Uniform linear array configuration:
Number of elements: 4
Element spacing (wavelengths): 0.25
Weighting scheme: binomial
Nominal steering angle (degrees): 45
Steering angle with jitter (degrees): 45.366
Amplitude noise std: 0.05
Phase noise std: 0.05

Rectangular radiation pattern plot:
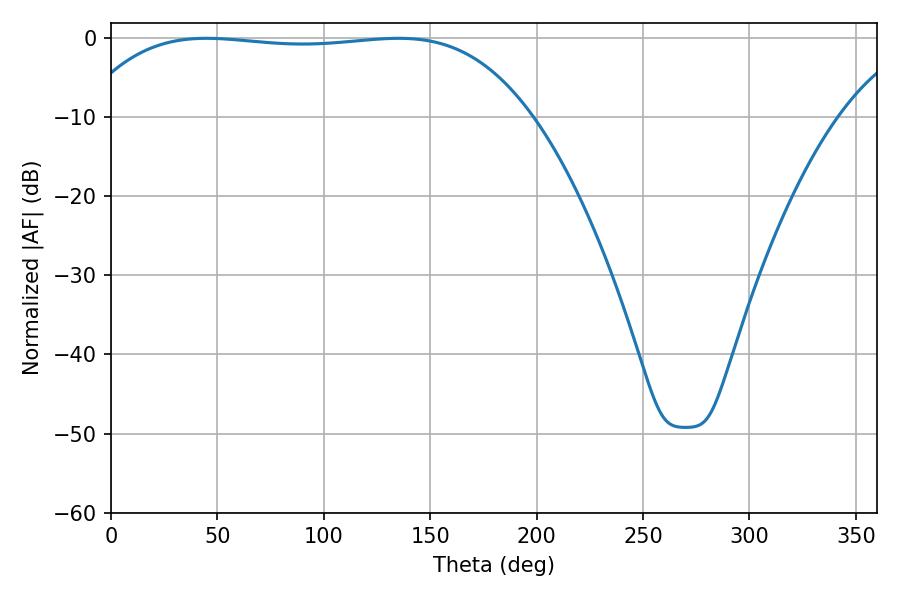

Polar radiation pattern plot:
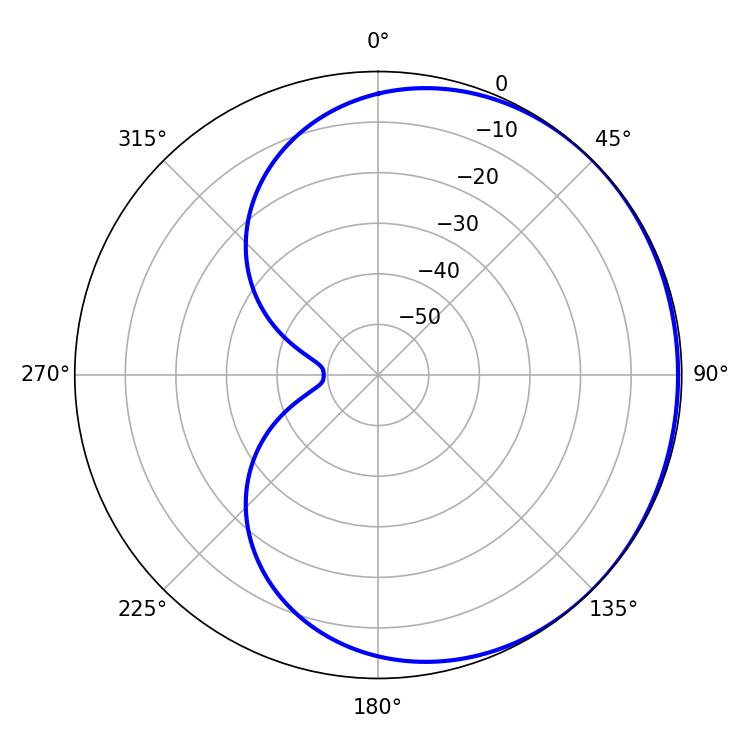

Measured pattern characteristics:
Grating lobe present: FALSE
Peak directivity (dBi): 0.5261
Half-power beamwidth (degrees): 166.68
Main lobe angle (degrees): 44.82